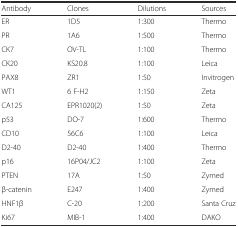
<table><thead><tr><td><b>Antibody</b></td><td><b>Clones</b></td><td><b>Dilutions</b></td><td><b>Sources</b></td></tr></thead><tbody><tr><td>ER</td><td>1D5</td><td>1:300</td><td>Thermo</td></tr><tr><td>PR</td><td>1A6</td><td>1:500</td><td>Thermo</td></tr><tr><td>CK7</td><td>OV-TL</td><td>1:100</td><td>Thermo</td></tr><tr><td>CK20</td><td>KS20.8</td><td>1:100</td><td>Leica</td></tr><tr><td>PAX8</td><td>ZR1</td><td>1:50</td><td>Invitrogen</td></tr><tr><td>WT1</td><td>6 F-H2</td><td>1:150</td><td>Zeta</td></tr><tr><td>CA125</td><td>EPR1020(2)</td><td>1:50</td><td>Zeta</td></tr><tr><td>p53</td><td>DO-7</td><td>1:600</td><td>Thermo</td></tr><tr><td>CD10</td><td>56C6</td><td>1:100</td><td>Leica</td></tr><tr><td>D2-40</td><td>D2-40</td><td>1:400</td><td>Thermo</td></tr><tr><td>p16</td><td>16P04/JC2</td><td>1:100</td><td>Zeta</td></tr><tr><td>PTEN</td><td>17A</td><td>1:50</td><td>Zymed</td></tr><tr><td>β-catenin</td><td>E247</td><td>1:400</td><td>Zymed</td></tr><tr><td>HNF1β</td><td>C-20</td><td>1:200</td><td>Santa Cruz</td></tr><tr><td>Ki67</td><td>MIB-1</td><td>1:400</td><td>DAKO</td></tr></tbody></table>